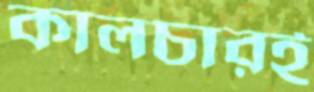
কালচারই